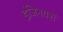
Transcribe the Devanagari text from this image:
इंजिनयरों